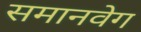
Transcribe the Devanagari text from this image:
समानवेग